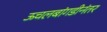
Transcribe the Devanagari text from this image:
ऊचलबांगडीनंतर